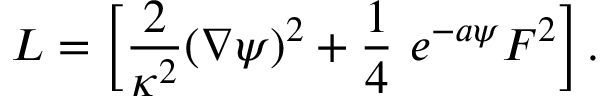
L = \left[ { \frac { 2 } { \kappa ^ { 2 } } } ( \nabla \psi ) ^ { 2 } + { \frac { 1 } { 4 } } \ e ^ { - a \psi } F ^ { 2 } \right] .